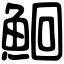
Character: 鮰